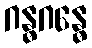
ဂန္ဓဂန္ဓေ